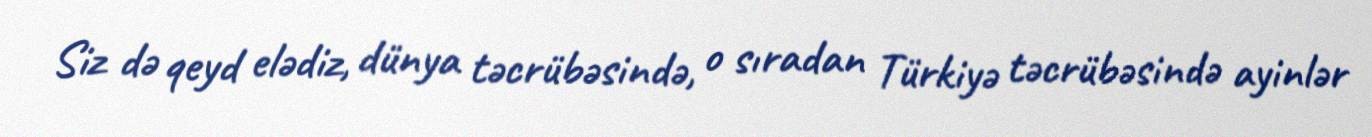
Siz də qeyd elədiz, dünya təcrübəsində, o sıradan Türkiyə təcrübəsində ayinlər